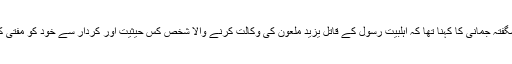
قائمہ کمیٹی برائے مذہبی امور کے اجلاس میں گفتگو کرتے ہوئے شگفتہ جمانی کا کہنا تھا کہ اہلبیت رسولؐ کے قاتل یزید ملعون کی وکالت کرنے والا شخص کس حیثیت اور کردار سے خود کو مفتی کہلواتا ہے اور وہ کس طرح چیئرمین رویت ہلال کمیٹی بنا بیٹھا ہے ؟